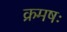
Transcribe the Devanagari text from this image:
क्रमषः